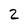
Character: 2